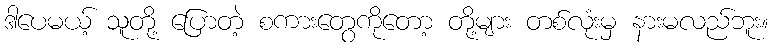
ဒါပေမယ့် သူတို့ ပြောတဲ့ စကားတွေကိုတော့ တို့များ တစ်လုံးမှ နားမလည်ဘူး။